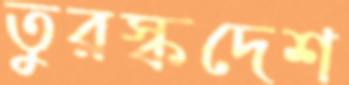
তুরস্কদেশ